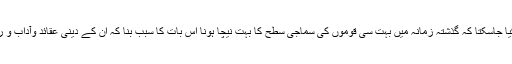
لیکن اس بات سے انکار نہیں کیا جاسکتا کہ گذشتہ زمانہ میں بہت سی قوموں کی سماجی سطح کا بہت نیچا ہونا اس بات کا سبب بنا کہ ان کے دینی عقائد وآداب و رسوم خرافات سے آلودہ ہوگئے۔